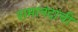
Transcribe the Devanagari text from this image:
रामानंदांची